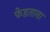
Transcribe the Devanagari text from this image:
फेडताना